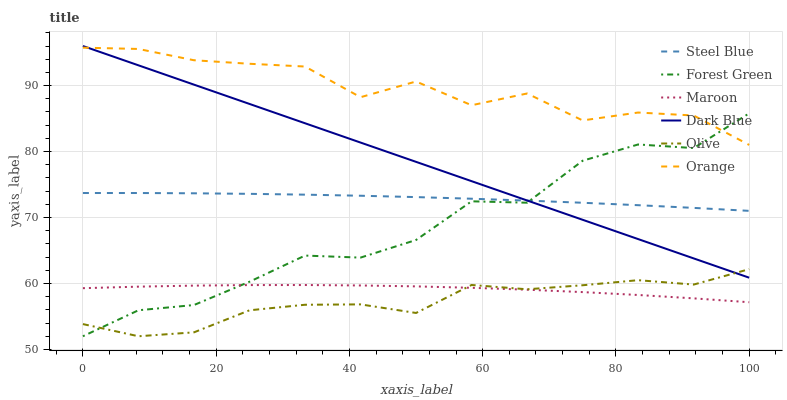
| xaxis_label | Steel Blue | Forest Green | Maroon | Dark Blue | Olive | Orange |
 | --- | --- | --- | --- | --- | --- | --- |
 | 0 | 73.7 | 52 | 59.3 | 96 | 53.8 | 95.7 |
 | 8.33 | 73.7 | 55.9 | 59.5 | 93.1 | 52 | 95.6 |
 | 16.7 | 73.7 | 56.7 | 59.7 | 90.1 | 52.6 | 93.8 |
 | 25 | 73.6 | 60.3 | 59.8 | 87.2 | 55.9 | 93.3 |
 | 33.3 | 73.5 | 64.2 | 59.8 | 84.3 | 56.8 | 92.9 |
 | 41.7 | 73.3 | 63.9 | 59.7 | 81.4 | 56.8 | 88.2 |
 | 50 | 73.1 | 66.6 | 59.6 | 78.4 | 55.5 | 90.6 |
 | 58.3 | 72.9 | 72.5 | 59.3 | 75.5 | 59.8 | 87 |
 | 66.7 | 72.6 | 72.2 | 59.1 | 72.6 | 59.1 | 88.8 |
 | 75 | 72.2 | 78.6 | 58.7 | 69.7 | 59.7 | 84.7 |
 | 83.3 | 71.9 | 81.1 | 58.3 | 66.7 | 60.5 | 85.9 |
 | 91.7 | 71.5 | 80.5 | 57.7 | 63.8 | 59.8 | 85.5 |
 | 100 | 71 | 85.8 | 57.2 | 60.9 | 62.2 | 81 |